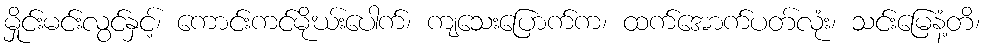
မှိုင်းမင်းလွင်နှင့်၊ ကောင်းကင်မိုဃ်းပေါက်၊ ကျသေးပြောက်က၊ ထက်အောက်ပတ်လုံး၊ သင်းမြေနံ့တိ၊